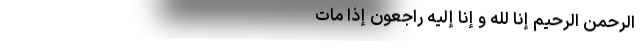
الرحمن الرحیم إِنَّا لِلَّهِ وَ إِنَّا إِلَیْهِ رَاجِعُونَ إِذَا مَاتَ